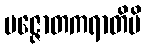
ပဇ္ဇောတကရာတိပိ